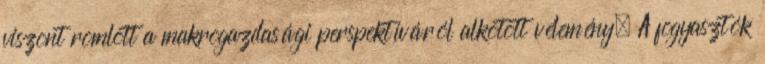
viszont romlott a makrogazdasági perspektíváról alkotott vélemény. A fogyasztók